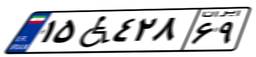
۱۵W۴۲۸۶۹